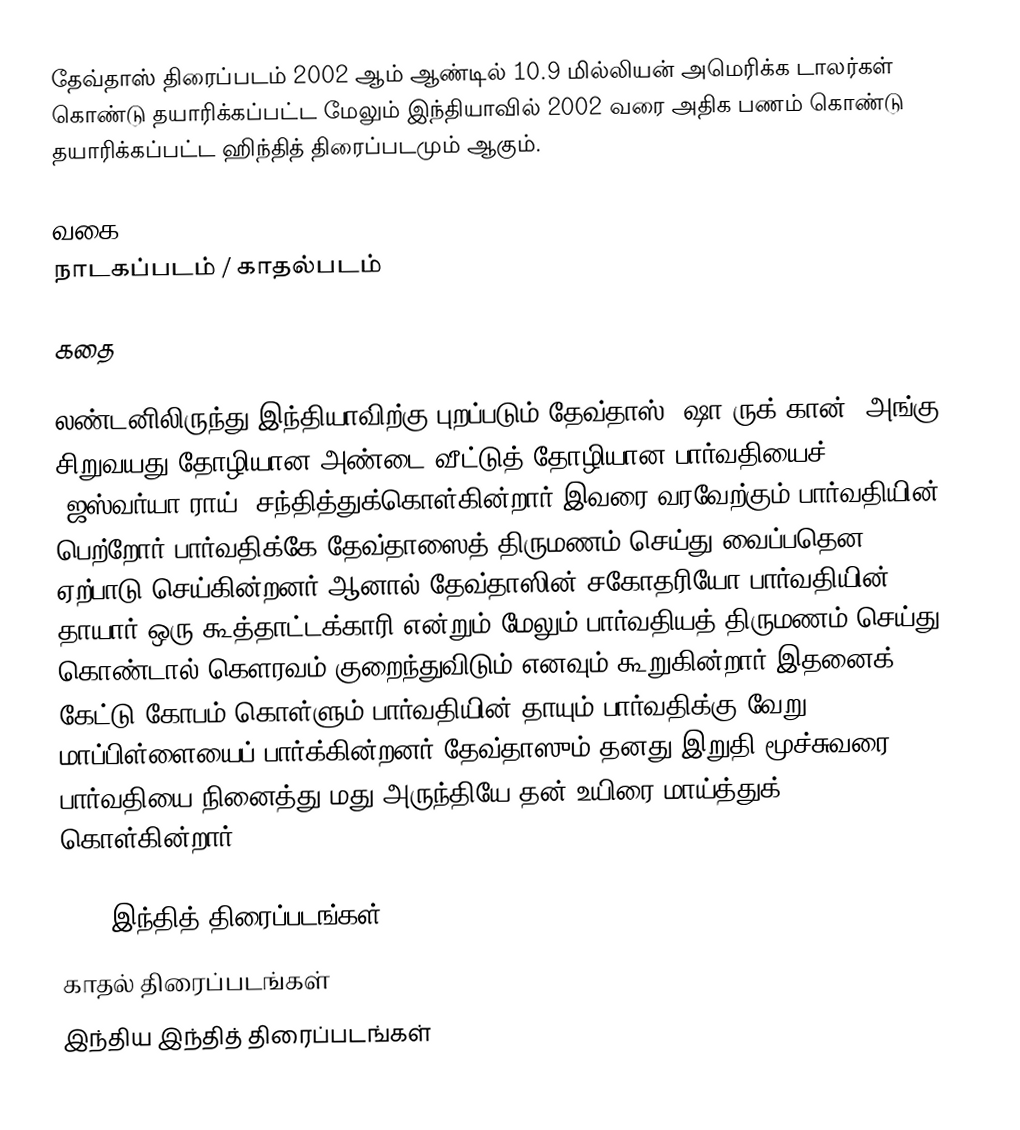
தேவ்தாஸ் திரைப்படம் 2002 ஆம் ஆண்டில் 10.9 மில்லியன் அமெரிக்க டாலர்கள் கொண்டு தயாரிக்கப்பட்ட மேலும் இந்தியாவில் 2002 வரை அதிக பணம் கொண்டு தயாரிக்கப்பட்ட ஹிந்தித் திரைப்படமும் ஆகும்.

வகை
நாடகப்படம் / காதல்படம்

கதை

லண்டனிலிருந்து இந்தியாவிற்கு புறப்படும் தேவ்தாஸ் (ஷா ருக் கான்) அங்கு சிறுவயது தோழியான அண்டை வீட்டுத் தோழியான பார்வதியைச் (ஜஸ்வர்யா ராய்) சந்தித்துக்கொள்கின்றார்.இவரை வரவேற்கும் பார்வதியின் பெற்றோர் பார்வதிக்கே தேவ்தாஸைத் திருமணம் செய்து வைப்பதென ஏற்பாடு செய்கின்றனர்.ஆனால் தேவ்தாஸின் சகோதரியோ பார்வதியின் தாயார் ஒரு கூத்தாட்டக்காரி என்றும் மேலும் பார்வதியத் திருமணம் செய்து கொண்டால் கௌரவம் குறைந்துவிடும் எனவும் கூறுகின்றார்.இதனைக் கேட்டு கோபம் கொள்ளும் பார்வதியின் தாயும் பார்வதிக்கு வேறு மாப்பிள்ளையைப் பார்க்கின்றனர்.தேவ்தாஸும் தனது இறுதி மூச்சுவரை பார்வதியை நினைத்து மது அருந்தியே தன் உயிரை மாய்த்துக் கொள்கின்றார்.

2002 இந்தித் திரைப்படங்கள்
காதல் திரைப்படங்கள்
இந்திய இந்தித் திரைப்படங்கள்